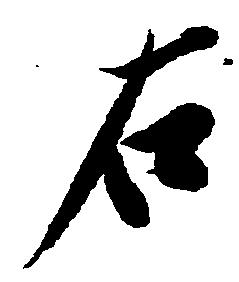
右